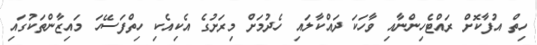
ހިތް އުފާކޮށް ރައްޓެހިންނާއި ވާހަކަ ދައްކާލައި ހެދުމަށް މިރަށުގެ އެކިއެކި ހިތްފަސޭހަ މައިޒާންތަކުގައި